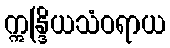
ဣန္ဒြိယသံဝရာယ